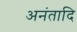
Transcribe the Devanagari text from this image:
अनंतादि